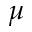
\ensuremath { \mu }